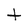
Character: t